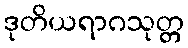
ဒုတိယရာဂသုတ္တ